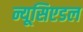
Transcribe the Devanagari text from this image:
न्यूसिएडल